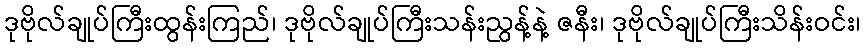
ဒုဗိုလ်ချုပ်ကြီးထွန်းကြည်၊ ဒုဗိုလ်ချုပ်ကြီးသန်းညွန့်နဲ့ ဇနီး၊ ဒုဗိုလ်ချုပ်ကြီးသိန်းဝင်း၊